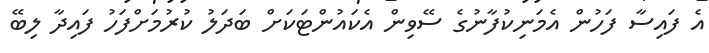
އެ ފައިސާ ފަހުން އެމަނިކުފާނުގެ ސޭވިން އެކައުންޓަކަށް ބަދަލު ކުރުމަށްފަހު ފައިދާ ލިބޭ